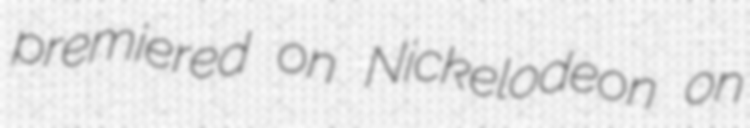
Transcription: premiered on Nickelodeon on